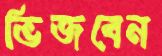
ভিজবেন